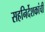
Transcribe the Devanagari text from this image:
सहनिर्देशकांची